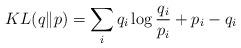
LaTeX: \begin{align*}KL(q\|p)=\sum_{i}q_{i}\log\frac{q_{i}}{p_{i}}+p_{i}-q_{i}\end{align*}